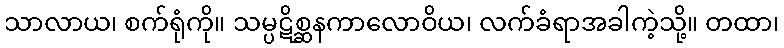
သာလာယ၊ စက်ရုံကို။ သမ္ပဋိစ္ဆနကာလောဝိယ၊ လက်ခံရာအခါကဲ့သို့။ တထာ၊